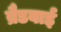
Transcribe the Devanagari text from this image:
ब्रैडबाई